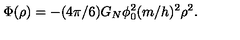
\Phi ( \rho ) = - ( 4 \pi / 6 ) G _ { N } \phi _ { 0 } ^ { 2 } ( m / h ) ^ { 2 } \rho ^ { 2 } .